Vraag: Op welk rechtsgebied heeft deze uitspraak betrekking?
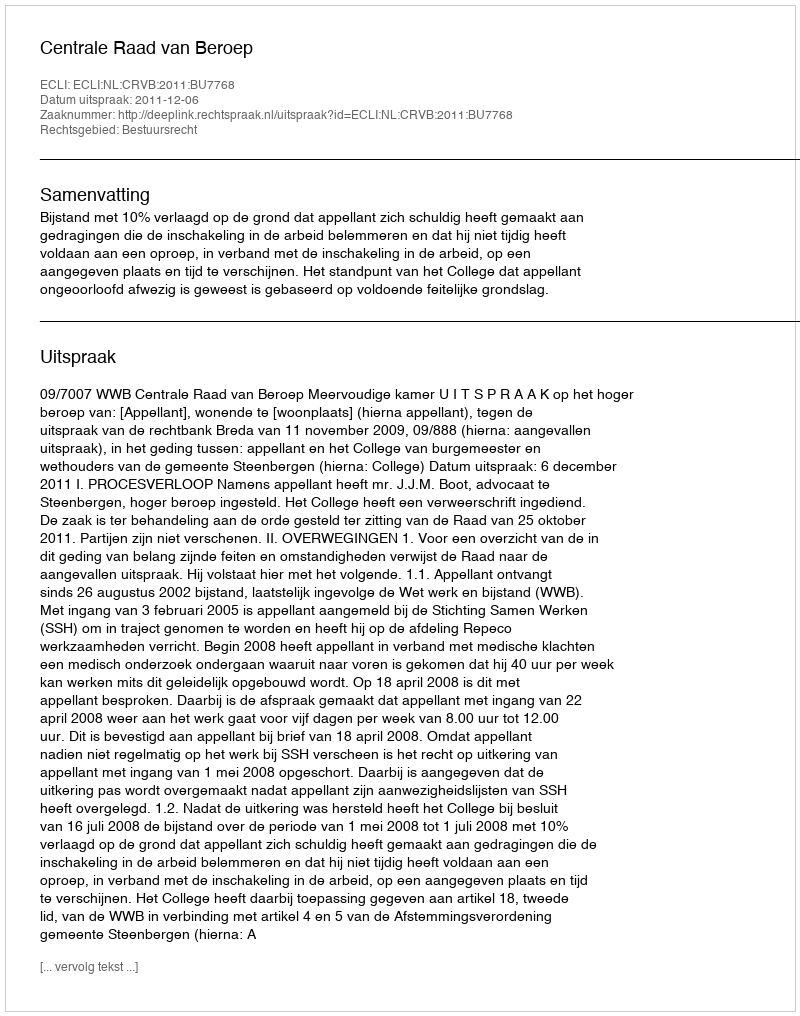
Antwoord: Bestuursrecht